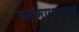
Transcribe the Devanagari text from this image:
पसामारुथनथुरई